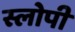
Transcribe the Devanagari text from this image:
स्लोपी